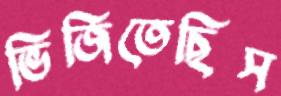
ভিজিতেছিস